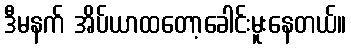
ဒီမနက် အိပ်ယာထတော့ခေါင်းမူးနေတယ်။